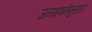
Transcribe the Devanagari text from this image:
जनगणनेनुसारर